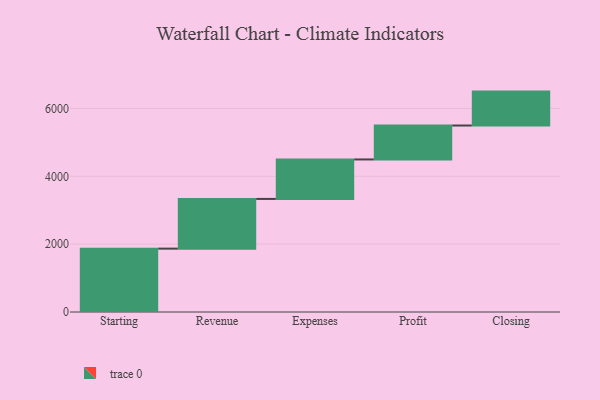
{"axis": {"x": "Step", "y": "Value"}, "legend": [""], "data": [{"x": "Starting", "y": 1868.0, "type": ""}, {"x": "Revenue", "y": 1465.0, "type": ""}, {"x": "Expenses", "y": 1164.0, "type": ""}, {"x": "Profit", "y": 1000, "type": ""}, {"x": "Closing", "y": 1000, "type": ""}]}